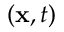
\left( { { \bf { x } } , t } \right)